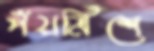
পঁয়ত্রিশে